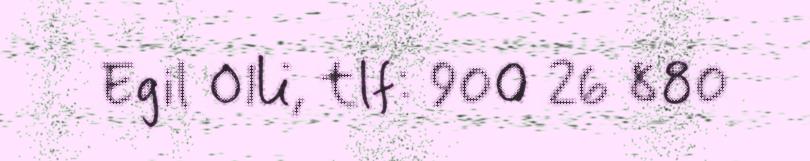
Egil Olli, tlf: 900 26 880